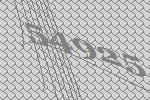
54925